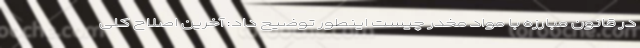
در قانون مبارزه با مواد مخدر چیست اینطور توضیح داد: آخرین اصلاح کلی